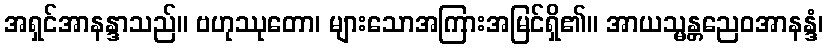
အရှင်အာနန္ဒာသည်။ ဗဟုဿုတော၊ များသောအကြားအမြင်ရှိ၏။ အာယသ္မန္တညေဝအာနန္ဒံ၊